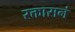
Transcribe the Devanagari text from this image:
रक्तासनं